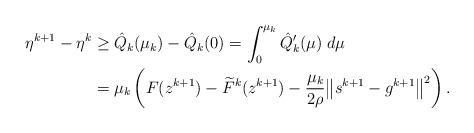
LaTeX: \begin{align*}\eta^{k+1} - \eta^k &\geq \hat{Q}_k({\mu}_k)-\hat{Q}_k(0) = \int^{{\mu}_k}_0 \hat{Q}'_k(\mu)\;d\mu \\&= {\mu}_k\left(F(z^{k+1}) - \widetilde{F}^k(z^{k+1}) - \frac{{\mu}_k}{2\rho}\big\|s^{k+1} - g^{k+1}\big\|^2\right).\end{align*}